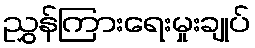
ညွှန်ကြားရေးမှုးချုပ်